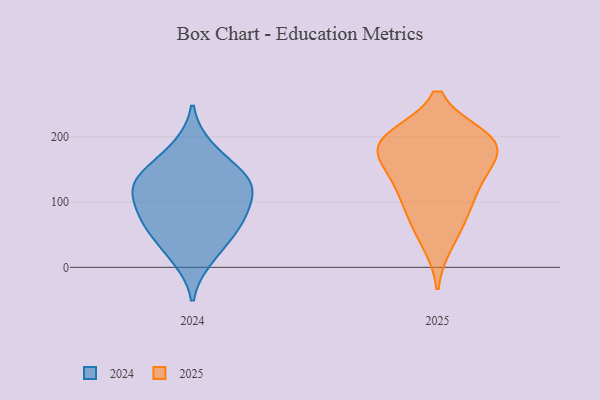
{"axis": {"x": "Production Output", "y": "Value"}, "legend": ["2024", "2025"], "data": [{"x": "", "y": 178, "type": "2025"}, {"x": "", "y": 36, "type": "2025"}, {"x": "", "y": 173, "type": "2025"}, {"x": "", "y": 118, "type": "2025"}, {"x": "", "y": 200, "type": "2025"}, {"x": "", "y": 171, "type": "2025"}, {"x": "", "y": 200, "type": "2025"}, {"x": "", "y": 76, "type": "2025"}, {"x": "", "y": 131, "type": "2025"}, {"x": "", "y": 80, "type": "2025"}, {"x": "", "y": 130, "type": "2025"}, {"x": "", "y": 193, "type": "2025"}, {"x": "", "y": 199, "type": "2025"}, {"x": "", "y": 73, "type": "2024"}, {"x": "", "y": 42, "type": "2024"}, {"x": "", "y": 184, "type": "2024"}, {"x": "", "y": 131, "type": "2024"}, {"x": "", "y": 150, "type": "2024"}, {"x": "", "y": 84, "type": "2024"}, {"x": "", "y": 13, "type": "2024"}, {"x": "", "y": 133, "type": "2024"}, {"x": "", "y": 123, "type": "2024"}, {"x": "", "y": 65, "type": "2024"}, {"x": "", "y": 109, "type": "2024"}]}